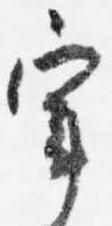
宰